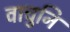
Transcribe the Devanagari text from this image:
वाचुनि